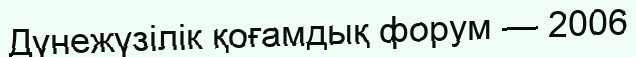
Дүнежүзілік қоғамдық форум — 2006